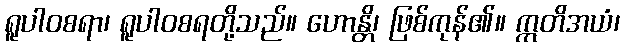
ရူပါဝစရာ၊ ရူပါဝစရတို့သည်။ ဟောန္တိ၊ ဖြစ်ကုန်၏။ ဣတိအယံ၊